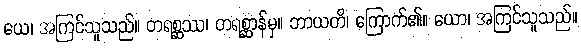
ယေ၊ အကြင်သူသည်။ တရစ္ဆဿ၊ တရစ္ဆာန်မှ။ ဘာယတိ၊ ကြောက်၏။ ယော၊ အကြင်သူသည်။